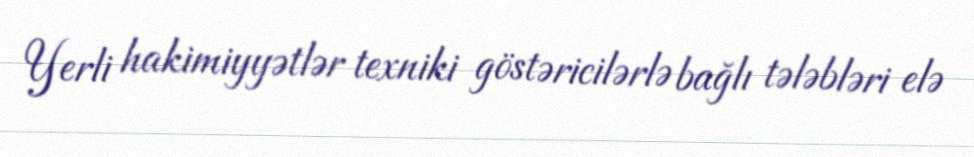
Yerli hakimiyyətlər texniki göstəricilərlə bağlı tələbləri elə